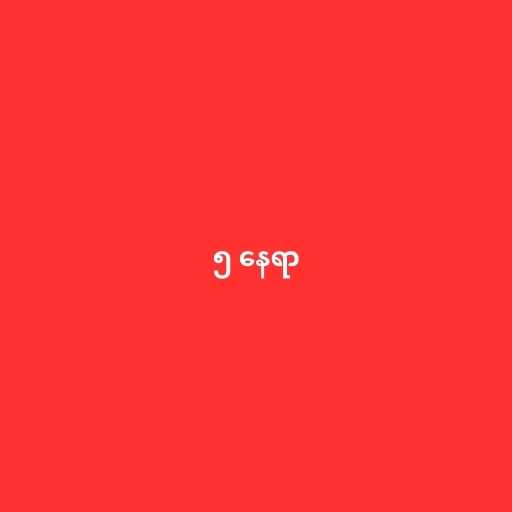
၅ နေရာ